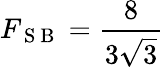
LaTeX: F_{\mathrm{~S~B~}}=\frac{8}{3\sqrt{3}}